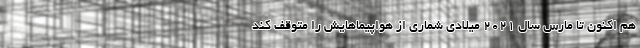
هم اکنون تا مارس سال ۲۰۲۱ میلادی شماری از هواپیماهایش را متوقف کند